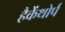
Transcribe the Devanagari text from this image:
हैकेंथोर्प